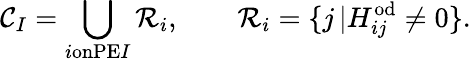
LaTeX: \mathcal{C}_{I}=\bigcup_{i\textrm{onPE}I}\mathcal{R}_{i},\qquad\mathcal{R}_{i}=\{ j\, \vert H_{ij}^{\mathrm{od}}\neq 0\} .